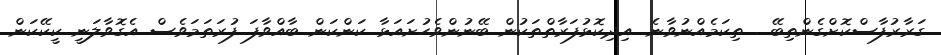
ގަރާރުފާސްކޮށްގެންތިބޭ . ތިކަމެއްނުވާނެ. އިދިކޮޅުފަރާތްތަކުން ބޭނުންވެހުށައަޅާ ކަންކަން ބާއްވާފަ ފުރަތަމަވެސް އެގޮވާލަނީ ކީކޭކަން